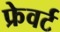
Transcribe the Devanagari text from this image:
फ्रेवर्ट